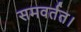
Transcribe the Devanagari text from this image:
समवर्तत।